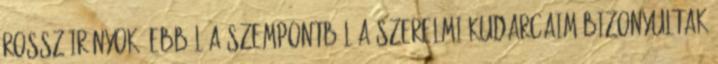
rossz irányok. Ebből a szempontból a szerelmi kudarcaim bizonyultak